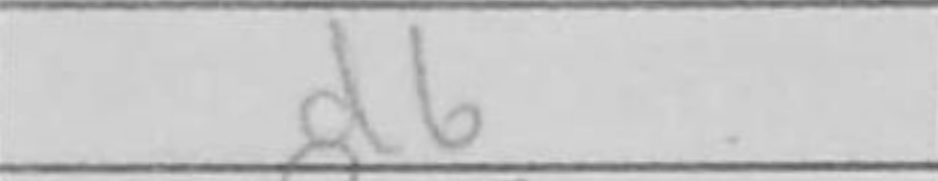
Transcription: d6